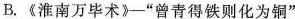
B.《淮南万毕术》-”曾青得铁则化为铜”